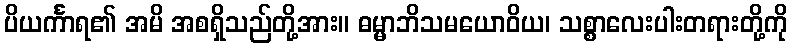
ပိယင်္ကာရ၏ အမိ အစရှိသည်တို့အား။ ဓမ္မာဘိသမယောဝိယ၊ သစ္စာလေးပါးတရားတို့ကို